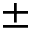
\pm